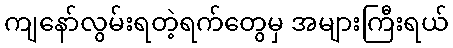
ကျနော်လွမ်းရတဲ့ရက်တွေမှ အများကြီးရယ်